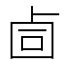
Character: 𰆅